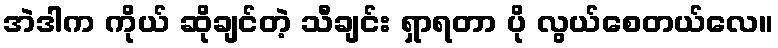
အဲဒါက ကိုယ် ဆိုချင်တဲ့ သီချင်း ရှာရတာ ပို လွယ်စေတယ်လေ။